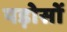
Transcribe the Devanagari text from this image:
पड़ोसों